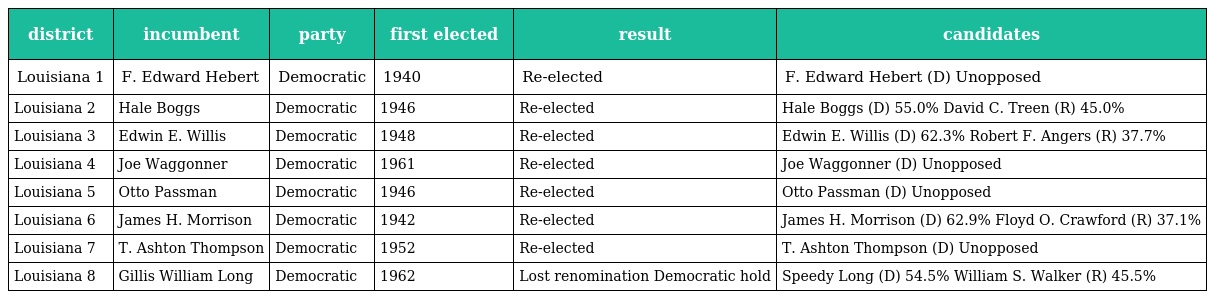
| district | incumbent | party | first elected | result | candidates |
 | --- | --- | --- | --- | --- | --- |
 | Louisiana 1 | F. Edward Hebert | Democratic | 1940 | Re-elected | F. Edward Hebert (D) Unopposed |
 | Louisiana 2 | Hale Boggs | Democratic | 1946 | Re-elected | Hale Boggs (D) 55.0% David C. Treen (R) 45.0% |
 | Louisiana 3 | Edwin E. Willis | Democratic | 1948 | Re-elected | Edwin E. Willis (D) 62.3% Robert F. Angers (R) 37.7% |
 | Louisiana 4 | Joe Waggonner | Democratic | 1961 | Re-elected | Joe Waggonner (D) Unopposed |
 | Louisiana 5 | Otto Passman | Democratic | 1946 | Re-elected | Otto Passman (D) Unopposed |
 | Louisiana 6 | James H. Morrison | Democratic | 1942 | Re-elected | James H. Morrison (D) 62.9% Floyd O. Crawford (R) 37.1% |
 | Louisiana 7 | T. Ashton Thompson | Democratic | 1952 | Re-elected | T. Ashton Thompson (D) Unopposed |
 | Louisiana 8 | Gillis William Long | Democratic | 1962 | Lost renomination Democratic hold | Speedy Long (D) 54.5% William S. Walker (R) 45.5% |